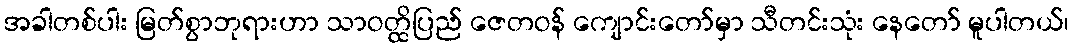
အခါတစ်ပါး မြတ်စွာဘုရားဟာ သာဝတ္ထိပြည် ဇေတဝန် ကျောင်းတော်မှာ သီတင်းသုံး နေတော် မူပါတယ်၊